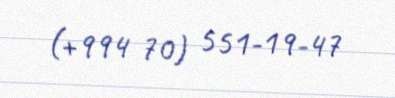
(+994 70) 551-19-47